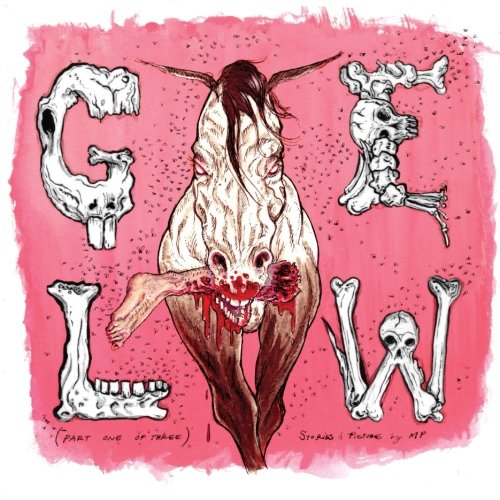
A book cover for Glew I: Maneater (GLEW: the horse that eats people) (Volume 1); Michael R Peterson MP; Literature & Fiction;